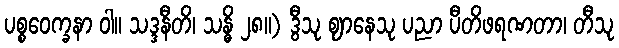
ပစ္စဝေက္ခနာ ဝါ။ သဒ္ဒနီတိ၊ သန္ဓိ ၂၈။) ဒွီသု ဈာနေသု ပညာ ပီတိဖရဏတာ၊ တီသု